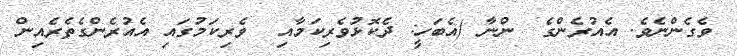
ވެގެންނެވެ. އެއުރެންގެ  ންނާ (އެބަހީ: ދެކޮޅުވެރިކަމާއި  ވެރިކަމުގައި އެއުރެންގެތެރެއިން